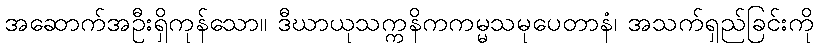
အဆောက်အဦးရှိကုန်သော။ ဒီဃာယုသက္ကနိကကမ္မသမုပေတာနံ၊ အသက်ရှည်ခြင်းကို